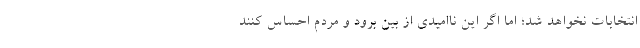
انتخابات نخواهد شد؛ اما اگر این ناامیدی از بین برود و مردم احساس کنند